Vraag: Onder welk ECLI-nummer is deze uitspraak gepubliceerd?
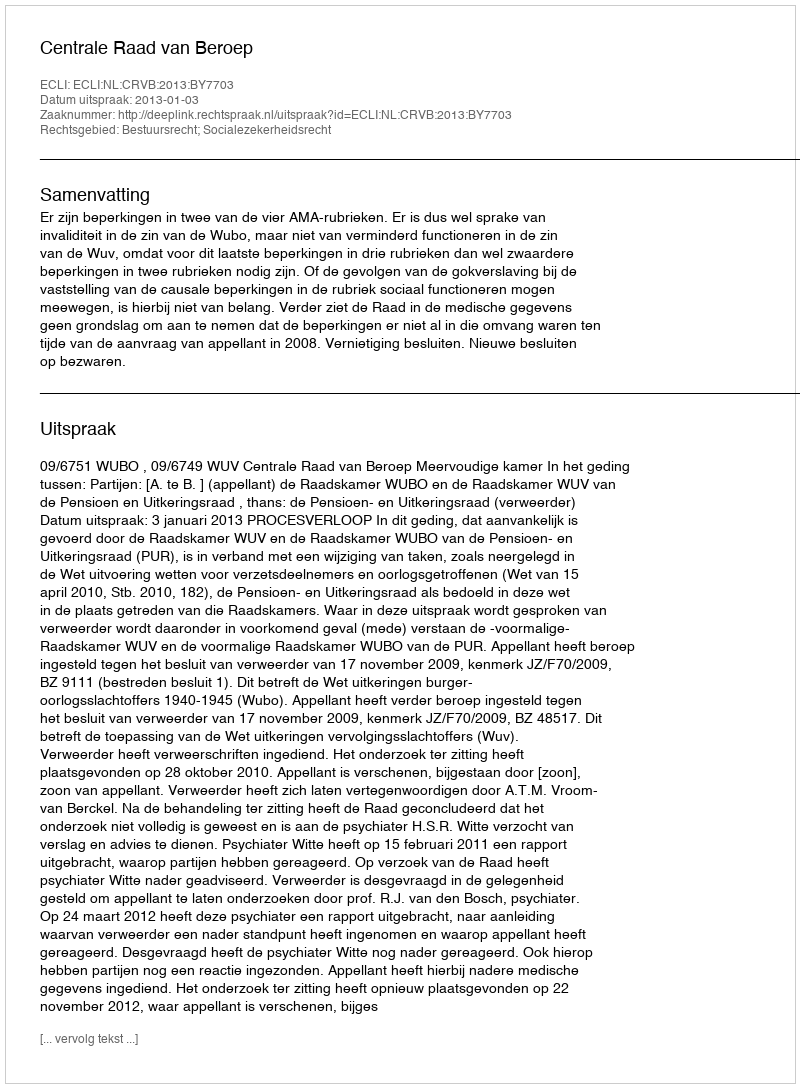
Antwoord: ECLI:NL:CRVB:2013:BY7703